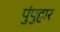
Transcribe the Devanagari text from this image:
पुंपुहार